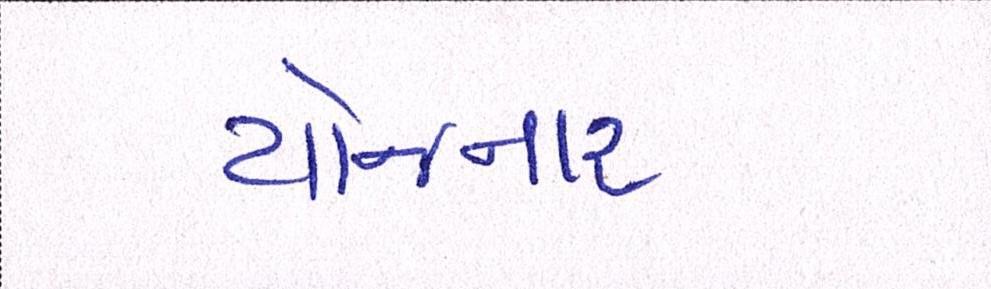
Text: યોજાનાર